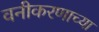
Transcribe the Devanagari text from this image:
वनीकरणाच्या